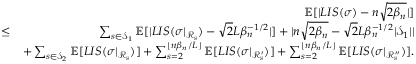
\begin{array} { r l r } & { } & { \mathbb { E } [ | L I S ( \sigma ) - n \sqrt { 2 \beta _ { n } } | ] } \\ & { \leq } & { \sum _ { s \in \mathcal { S } _ { 1 } } \mathbb { E } [ | L I S ( \sigma | _ { \mathcal { R } _ { s } } ) - \sqrt { 2 } L \beta _ { n } ^ { - 1 \slash 2 } | ] + | n \sqrt { 2 \beta _ { n } } - \sqrt { 2 } L \beta _ { n } ^ { - 1 \slash 2 } | \mathcal { S } _ { 1 } | | } \\ & { } & { + \sum _ { s \in \mathcal { S } _ { 2 } } \mathbb { E } [ L I S ( \sigma | _ { \mathcal { R } _ { s } } ) ] + \sum _ { s = 2 } ^ { \lfloor n \beta _ { n } \slash L \rfloor } \mathbb { E } [ L I S ( \sigma | _ { \mathcal { R } _ { s } ^ { \prime } } ) ] + \sum _ { s = 2 } ^ { \lfloor n \beta _ { n } \slash L \rfloor } \mathbb { E } [ L I S ( \sigma | _ { \mathcal { R } _ { s } ^ { \prime \prime } } ) ] . } \\ & { } & \end{array}